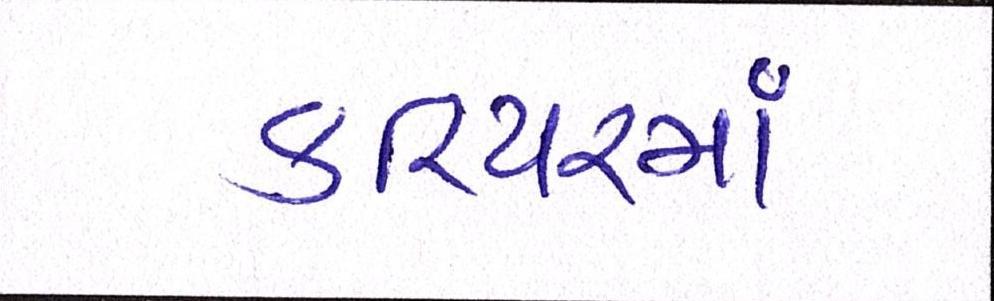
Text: કરિયરમાં